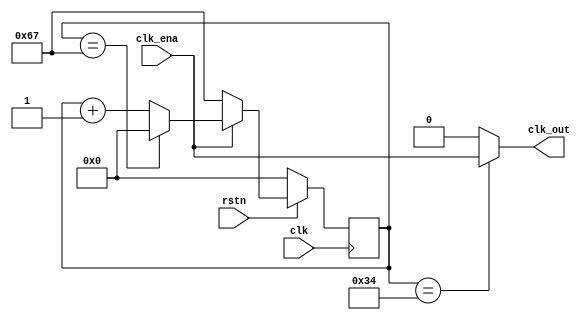
// This program was cloned from: https://github.com/FPGAwars/icezum
// License: GNU General Public License v3.0

//-----------------------------------------------------------------------------
//-- Baudrate generator
//-- It generates a square signal, with a frequency for communicating at the given
//-- given baudrate
//-- The output is set to 1 only during one clock cycle. The rest of the time is 0
//-- Once enabled, the pulse is generated just in the middle of the period
//-- This is necessary for the implementation of the receptor
//--------------------------------------------------------------------------------
//-- (c) BQ. December 2015. written by Juan Gonzalez (obijuan)
//-----------------------------------------------------------------------------
//-- GPL license
//-----------------------------------------------------------------------------

//-- Constants for obtaining standard BAURATES:
`define B115200 104
`define B57600  208
`define B38400  313

`define B19200  625
`define B9600   1250
`define B4800   2500
`define B2400   5000
`define B1200   10000
`define B600    20000
`define B300    40000

//----------------------------------------------------------------------------------------
//-- baudgen module
//--
//-- INPUTS:
//--     -clk: System clock (12 MHZ in the iceStick board)
//--     -clk_ena: clock enable:
//--            1. Normal working: The squeare signal is generated
//--            0: stoped. Output always 0
//-- OUTPUTS:
//--     - clk_out: Output signal. Pulse width: 1 clock cycle. Output not registered
//--                It tells the uart_rx when to sample the next bit
//--                       __                                         __
//--   ____________________| |________________________________________| |_____________________
//--   |                  ->  <- 1 clock cycle   |
//--   <-------  Period ------------------------->
//--
//---------------------------------------------------------------------------------------
module baudgen_rx #(
         parameter BAUDRATE = `B115200  //-- Default baudrate
)(
         input wire rstn,         //-- Reset (active low)
         input wire clk,          //-- System clock
         input wire clk_ena,      //-- Clock enable
         output wire clk_out      //-- Bitrate Clock output
);

//-- Number of bits needed for storing the baudrate divisor
localparam N = $clog2(BAUDRATE);

//-- Value for generating the pulse in the middle of the period
localparam M2 = (BAUDRATE >> 1);

//-- Counter for implementing the divisor (it is a BAUDRATE module counter)
//-- (when BAUDRATE is reached, it start again from 0)
reg [N-1:0] divcounter = 0;

//-- Contador mdulo M
always @(posedge clk)

  if (!rstn)
    divcounter <= 0;

  else if (clk_ena)
    //-- Normal working: counting. When the maximum count is reached, it starts from 0
    divcounter <= (divcounter == BAUDRATE - 1) ? 0 : divcounter + 1;
  else
    //-- Counter fixed to its maximum value
    //-- When it is resumed it start from 0
    divcounter <= BAUDRATE - 1;

//-- The output is 1 when the counter is in the middle of the period, if clk_ena is active
//-- It is 1 only for one system clock cycle
assign clk_out = (divcounter == M2) ? clk_ena : 0;


endmodule